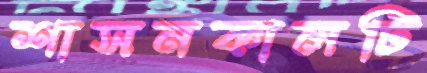
শাসনকালটি